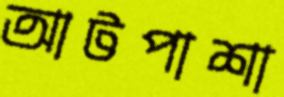
আটপাশা